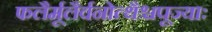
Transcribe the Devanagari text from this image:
फलैर्मूलैर्वनोत्थैश्चपूज्याः